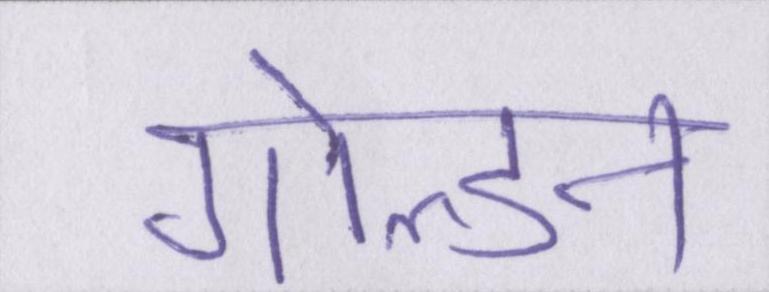
गोल्डेन